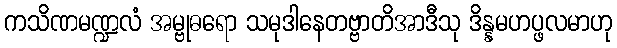
ကသိဏမဏ္ဍလံ အမ္ဗုဓရော သမုဒါနေတဗ္ဗာတိအာဒီသု ဒိန္နမဟပ္ဖလမာဟု